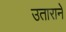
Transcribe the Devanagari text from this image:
उताराने